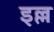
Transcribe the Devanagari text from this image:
इल्ल